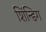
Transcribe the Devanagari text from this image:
शिंन्डिग